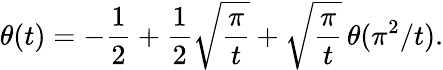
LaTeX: \theta(t)=-\frac{1}{2}+\frac{1}{2}\sqrt{\frac{\pi}{t}}+\sqrt{\frac{\pi}{t}}\, \theta(\pi^{2}/t).